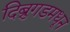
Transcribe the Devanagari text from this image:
दिब्रुगडमधून